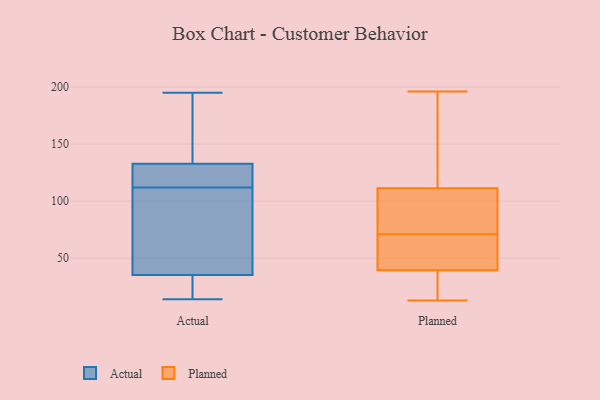
{"axis": {"x": "Waste Production (Tons)", "y": "Value"}, "legend": ["Actual", "Planned"], "data": [{"x": "", "y": 129, "type": "Actual"}, {"x": "", "y": 63, "type": "Actual"}, {"x": "", "y": 136, "type": "Actual"}, {"x": "", "y": 126, "type": "Actual"}, {"x": "", "y": 112, "type": "Actual"}, {"x": "", "y": 25, "type": "Actual"}, {"x": "", "y": 103, "type": "Actual"}, {"x": "", "y": 134, "type": "Actual"}, {"x": "", "y": 14, "type": "Actual"}, {"x": "", "y": 195, "type": "Actual"}, {"x": "", "y": 26, "type": "Actual"}, {"x": "", "y": 40, "type": "Planned"}, {"x": "", "y": 22, "type": "Planned"}, {"x": "", "y": 69, "type": "Planned"}, {"x": "", "y": 71, "type": "Planned"}, {"x": "", "y": 89, "type": "Planned"}, {"x": "", "y": 95, "type": "Planned"}, {"x": "", "y": 67, "type": "Planned"}, {"x": "", "y": 196, "type": "Planned"}, {"x": "", "y": 94, "type": "Planned"}, {"x": "", "y": 38, "type": "Planned"}, {"x": "", "y": 13, "type": "Planned"}, {"x": "", "y": 160, "type": "Planned"}, {"x": "", "y": 168, "type": "Planned"}]}